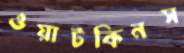
ওয়াটকিনস